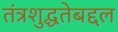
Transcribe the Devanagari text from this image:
तंत्रशुद्धतेबद्दल